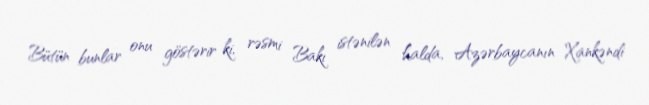
Bütün bunlar onu göstərir ki, rəsmi Bakı istənilən halda, Azərbaycanın Xankəndi